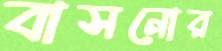
বাসনোর